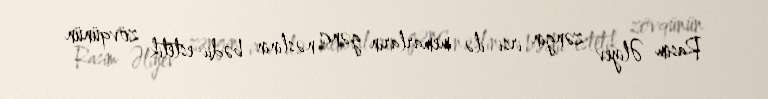
Rasim Əliyev zəngin irsi ilə memarların gənc nəslinin bədii-estetik zövqünün